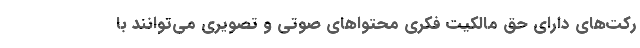
رکت‌های دارای حق مالکیت فکری محتوا‌های صوتی و تصویری می‌توانند با